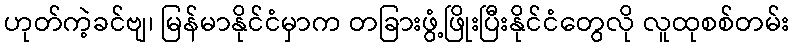
ဟုတ်ကဲ့ခင်ဗျ၊ မြန်မာနိုင်ငံမှာက တခြားဖွံ့ဖြိုးပြီးနိုင်ငံတွေလို လူထုစစ်တမ်း